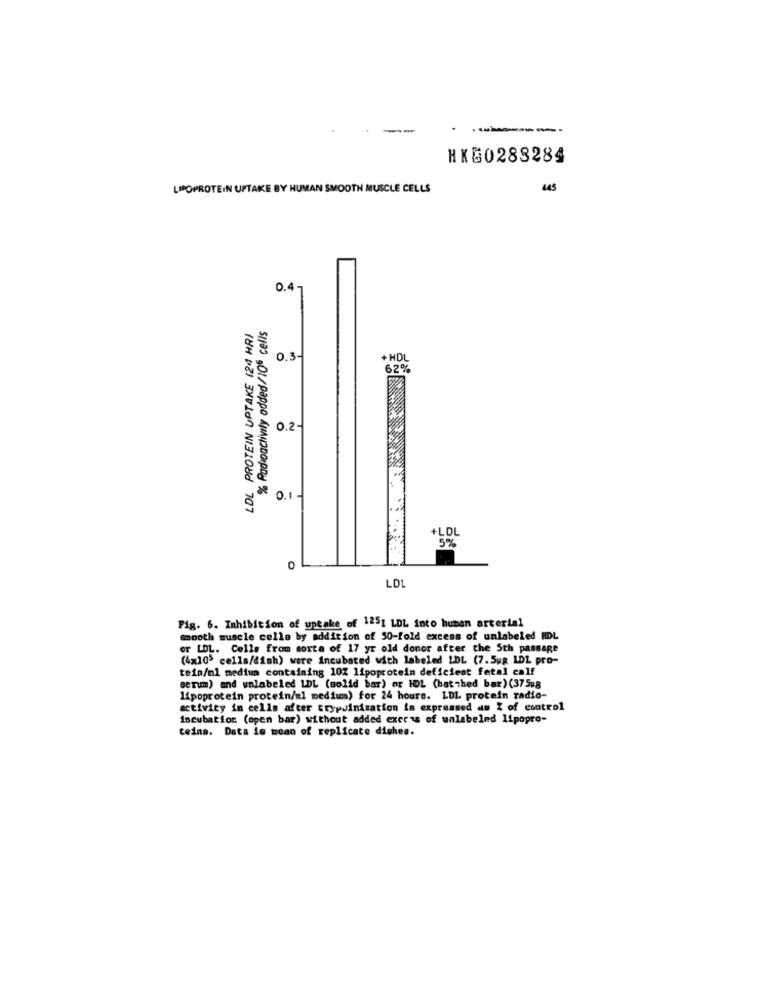
--
HKG0288284
LIPOPROTEIN UPTAKE BY HUMAN SMOOTH MUSCLE CELLS
445
0.4-
LDL PROTEIN UPTAKE (24 HRI
% Radioactivity added/106 cells
0.3-
+ HDL
62%
0.2-
0.1 -
+LOL
5%
0
LD
Pig. 6. Inhibition of uptake of 1251 LDL into human arterial
Smooth muscle cells by addition of 50-fold excess of unlabeled HDL
or LDL. Celle from sorta of 17 yr old donor after the 5th passage
(4x105 cella/dish) were incubated with labeled LDL (7.5ug LDL pro-
tein/nl medium containing 10% lipoprotein deficient fetal calf
serum) and unlabeled LDL (solid bar) or HDL (hat thed bar) (375,8
lipoprotein protein/al medium) for 24 hours. LUL protein radio-
activity in cells after trypsinisation is expressed as Z of control
Incubation (open bar) without added excess of unlabeled 11popro-
teina. Data is mean of replicate dishes.